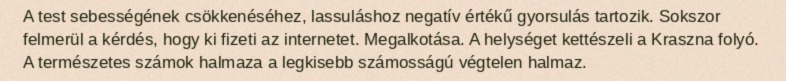
A test sebességének csökkenéséhez, lassuláshoz negatív értékű gyorsulás tartozik. Sokszor felmerül a kérdés, hogy ki fizeti az internetet. Megalkotása. A helységet kettészeli a Kraszna folyó. A természetes számok halmaza a legkisebb számosságú végtelen halmaz.